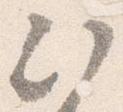
次